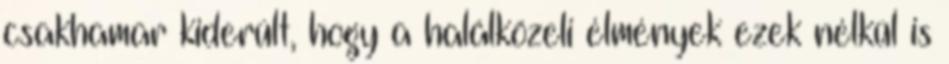
csakhamar kiderült, hogy a halálközeli élmények ezek nélkül is